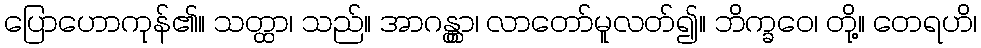
ပြောဟောကုန်၏။ သတ္ထာ၊ သည်။ အာဂန္တွာ၊ လာတော်မူလတ်၍။ ဘိက္ခဝေ၊ တို့။ တေရဟိ၊